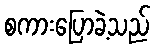
စကားပြောခဲ့သည်